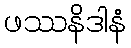
ဖဿနိဒါနံ